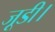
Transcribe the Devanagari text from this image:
जूडी।